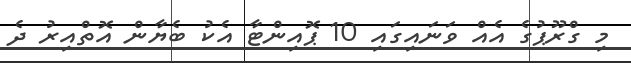
މި ގްރޫޕުގެ އެއް ވަނައިގައި 10 ޕޮއިންޓާ އެކު ބެޔާން އޮތްއިރު ދެ